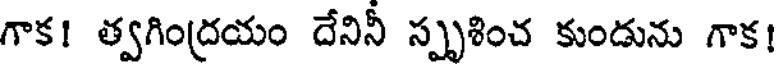
గాక! త్వగింద్రయం దేనినీ స్పృశించ కుండును గాక!